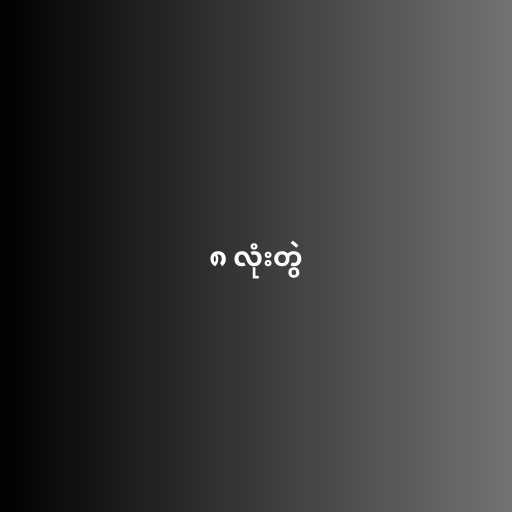
၈ လုံးတွဲ